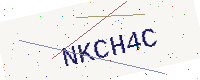
Text: NKCH4C